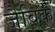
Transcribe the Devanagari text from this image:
जैविंक